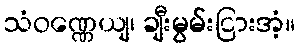
သံဝဏ္ဏေယျ၊ ချီးမွမ်းငြားအံ့။